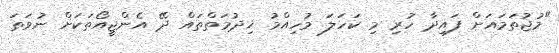
"މުޖުތަމައަށް ފައިދާ ހުރި މި ކަހަލަ މުހިއްމު ޚިދުމަތްތައް ދޭ އެންޖީއޯތަކަށް ނުވަތަ